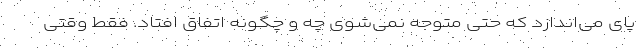
پای می‌اندازد که حتی متوجه نمی‌شوی چه و چگونه اتفاق افتاد. فقط وقتی